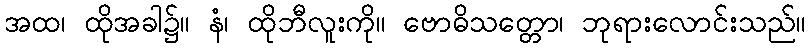
အထ၊ ထိုအခါ၌။ နံ၊ ထိုဘီလူးကို။ ဗောဓိသတ္တော၊ ဘုရားလောင်းသည်။